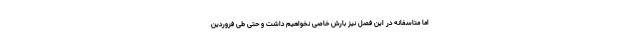
اما متاسفانه در این فصل نیز بارش خاصی نخواهیم داشت و حتی طی فروردین